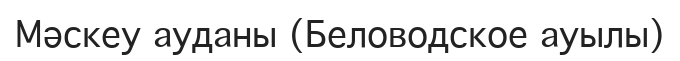
Мәскеу ауданы (Беловодское ауылы)